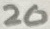
Text: 20